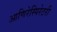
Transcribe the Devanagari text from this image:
आणिरेस्पिरेटरी